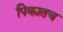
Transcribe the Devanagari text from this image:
पिकातच